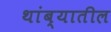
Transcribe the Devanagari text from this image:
थांब्यातील